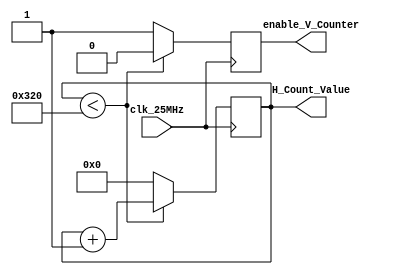
`timescale 1ns / 1ps

module horizontal_counter(
    input clk_25MHz,
    output reg enable_V_Counter = 0,
    output reg [15:0] H_Count_Value = 0
    );
    
    always@(posedge clk_25MHz)
    begin
        
        if (H_Count_Value < 800) 
        begin
            H_Count_Value <= H_Count_Value + 1;
            enable_V_Counter <= 0;
        end
        
        else
        begin
            H_Count_Value <= 0;
            enable_V_Counter <= 1;
        end
    end
endmodule